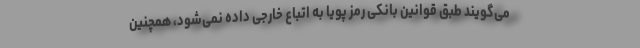
می‌گویند طبق قوانین بانکی رمز پویا به اتباع خارجی داده نمی‌شود، همچنین